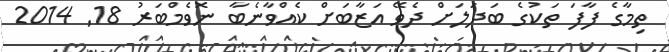
ތިމާގެ ފާފަ ތަކުގެ ބަދަލަށް ދެވޭ އަޒާބަށް ކެއްވާނެބާ ނޮވެމްބަރު 18